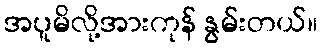
အပူမိလို့အားကုန် နွမ်းတယ်။